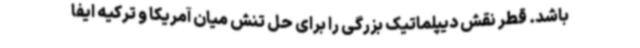
باشد. قطر نقش دیپلماتیک بزرگی را برای حل تنش میان آمریکا و ترکیه ایفا